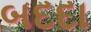
બદદા